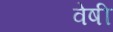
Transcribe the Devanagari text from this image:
वेषी